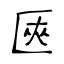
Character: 匧